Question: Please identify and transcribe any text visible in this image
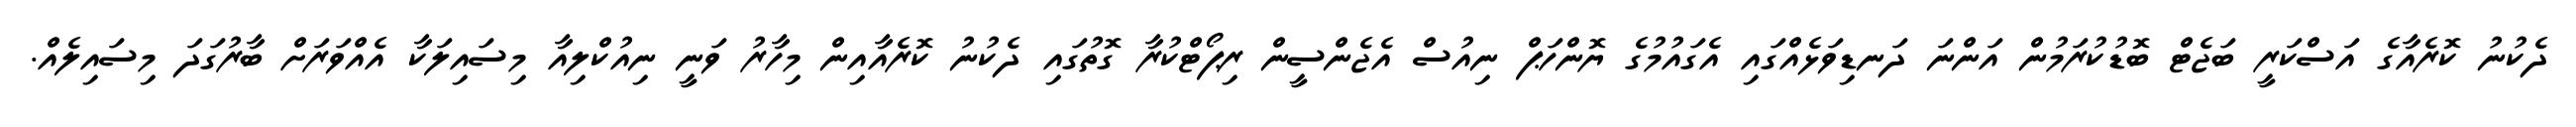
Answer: ދެކުނު ކޮރެއާގެ އަސްކަރީ ބަޖެޓް ބޮޑުކުރަމުން އަންނަ ދަނޑިވަޅެއްގައި އެގައުމުގެ ޔޮންހަޕް ނިއުސް އެޖެންސީން ރިޕޯޓްކުރާ ގޮތުގައި ދެކުނު ކޮރެއާއިން މިހާރު ވަނީ ނިއުކްލިއާ މިސައިލަކާ އެއްވަރަށް ބާރުގަދަ މިސައިލެއް.